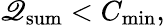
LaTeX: \mathscr{Q}_{\mathrm{{sum}}}<C_{\mathrm{{min}}},